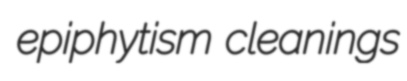
epiphytism cleanings